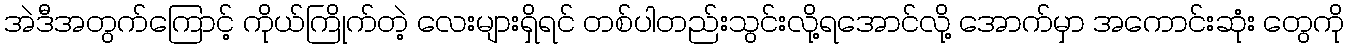
အဲဒီအတွက်ကြောင့် ကိုယ်ကြိုက်တဲ့ လေးများရှိရင် တစ်ပါတည်းသွင်းလို့ရအောင်လို့ အောက်မှာ အကောင်းဆုံး တွေကို